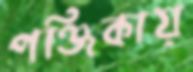
পঞ্জিকায়